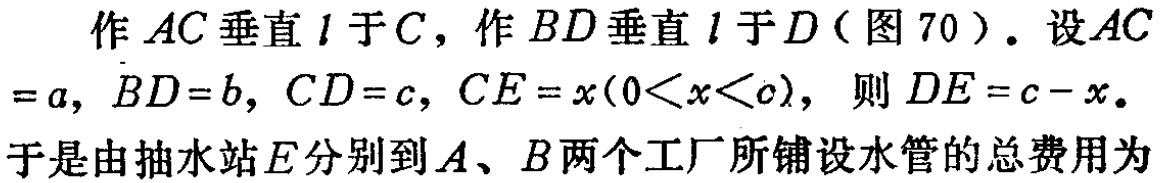
作 \(AC\) 垂直 \(l\) 于 \(C\)，作 \(BD\) 垂直 \(l\) 于 \(D\)（图 70）。设 \(AC = a\)，\(BD = b\)，\(CD = c\)，\(CE = x(0<x<c)\)，则 \(DE = c - x\)。

于是由抽水站 \(E\) 分别到 \(A\)、\(B\) 两个工厂所铺设水管的总费用为